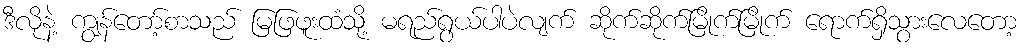
ဒီလိုနဲ့ ကျွန်တော့်စာသည် မြဖြဖူးထံသို့ မရည်ရွယ်ပါပဲလျက် ဆိုက်ဆိုက်မြိုက်မြိုက် ရောက်ရှိသွားလေတော့